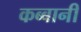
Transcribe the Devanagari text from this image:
कब्बानी